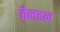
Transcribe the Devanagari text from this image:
बैलडन